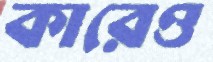
কারেও